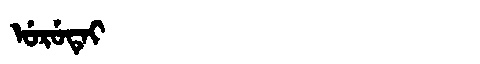
Manchu: ᡠᡵᡠᡨᡝᡳ
Romanization: URUTEI